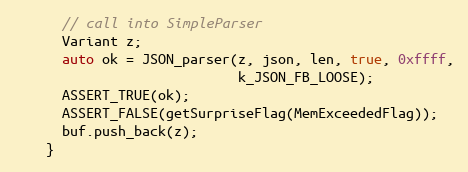
Language: C++
      // call into SimpleParser
      Variant z;
      auto ok = JSON_parser(z, json, len, true, 0xffff,
                            k_JSON_FB_LOOSE);
      ASSERT_TRUE(ok);
      ASSERT_FALSE(getSurpriseFlag(MemExceededFlag));
      buf.push_back(z);
    }